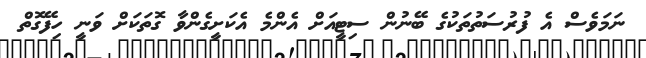
ނަމަވެސް އެ ފުރުސަތުތަކުގެ ބޭނުން ސިޓީއަށް އެންމެ އެކަށީގެންވާ ގޮތަކަށް ވަނީ ހިފޭގޮތް